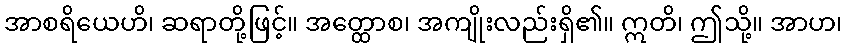
အာစရိယေဟိ၊ ဆရာတို့ဖြင့်။ အတ္ထောစ၊ အကျိုးလည်းရှိ၏။ ဣတိ၊ ဤသို့။ အာဟ၊